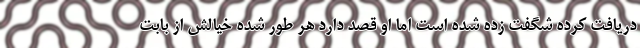
دریافت کرده شگفت زده شده است اما او قصد دارد هر طور شده خیالش از بابت